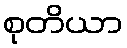
စုတိယာ